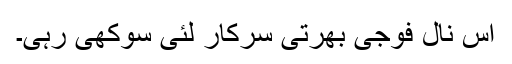
اس نال فوجی بھرتی سرکار لئی سوکھی رہی۔